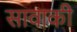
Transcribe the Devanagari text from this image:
सावाकी